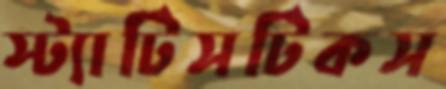
স্ট্যাটিসটিকস